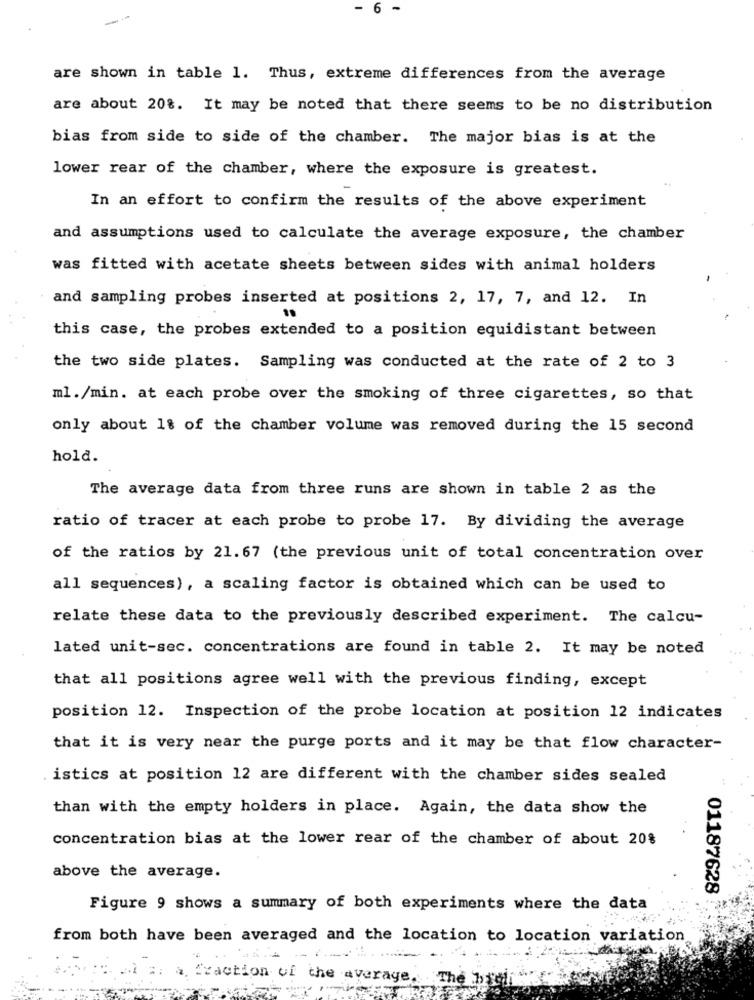
- 6 -
--
are shown in table 1. Thus, extreme differences from the average
are about 208. It may be noted that there seems to be no distribution
bias from side to side of the chamber. The major bias is at the
lower rear of the chamber, where the exposure is greatest.
In an effort to confirm the results of the above experiment
and assumptions used to calculate the average exposure, the chamber
was fitted with acetate sheets between sides with animal holders
and sampling probes inserted at positions 2, 17, 7, and 12. In
this case, the probes extended to a position equidistant between
the two side plates. Sampling was conducted at the rate of 2 to 3
ml./min. at each probe over the smoking of three cigarettes, so that
only about 1% of the chamber volume was removed during the 15 second
hold.
The average data from three runs are shown in table 2 as the
ratio of tracer at each probe to probe 17. By dividing the average
of the ratios by 21. 67 (the previous unit of total concentration over
all sequences), a scaling factor is obtained which can be used to
relate these data to the previously described experiment. The calcu-
lated unit-sec. concentrations are found in table 2. It may be noted
that all positions agree well with the previous finding, except
position 12. Inspection of the probe location at position 12 indicates
that it is very near the purge ports and it may be that flow character-
. istics at position 12 are different with the chamber sides sealed
than with the empty holders in place. Again, the data show the
concentration bias at the lower rear of the chamber of about 20%
above the average.
01187628
Figure 9 shows a summary of both experiments where the data
from both have been averaged and the location to location variation
fraction of the average